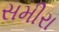
સમીરા